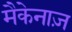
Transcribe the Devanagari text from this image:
मैकेनाज़